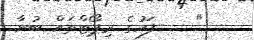
"-   ފަހުގެ ރިޕޯޓްތައް ބުނާ